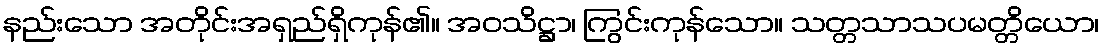
နည်းသော အတိုင်းအရှည်ရှိကုန်၏။ အဝသိဋ္ဌာ၊ ကြွင်းကုန်သော။ သတ္တသာသပမတ္တိယော၊